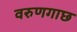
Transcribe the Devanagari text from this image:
वरुणगाछ